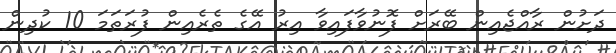
ދަށުން ރާއްޖެއިން ބޭރަށް ފޮނުވާފައިވާ އިރު އޭގެ ތެރެއިން ފުރަތަމަ 10 ކުދިން